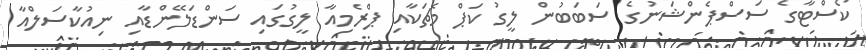
ކޯސްޓާގެ ސަސްޕެންޝަނުގެ ސަބަބުން ލީގު ކަޕް މެޗަކާއި ޕްރެމިއާ ލީގުގައި ސަންޑަލޭންޑާއި ނިއުކާސަލްއާ